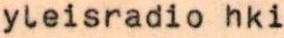
yleisradio hki